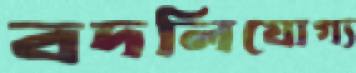
বদলিযোগ্য